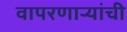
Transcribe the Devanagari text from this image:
वापरणार्‍यांची